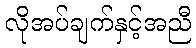
လိုအပ်ချက်နှင့်အညီ